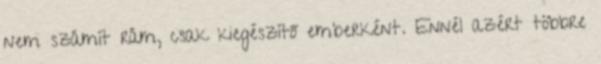
nem számít rám, csak kiegészítő emberként. Ennél azért többre